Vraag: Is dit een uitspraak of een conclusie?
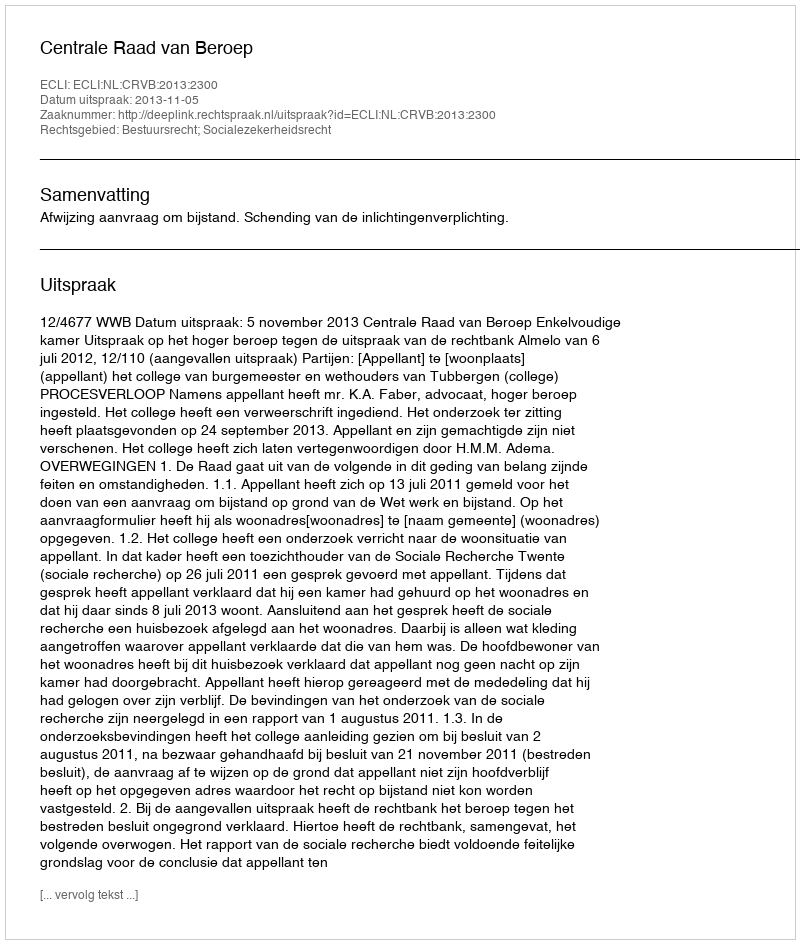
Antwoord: Uitspraak